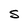
Character: S